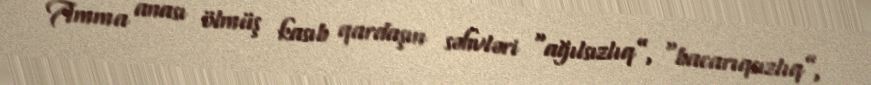
Amma anası ölmüş kasıb qardaşın səhvləri “ağılsızlıq”, “bacarıqsızlıq”,